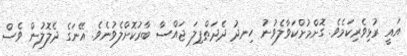
އައީ ރުޅިވެރިކަމެވެ. ގޮށްމުށްކަވާލެވުނު ހިނދު ދެދަތްޕިލަ ޖައްސާ ބާރުކޮށްލެވުނެވެ. އޭނަގެ ދެލޮލުން ވެސް